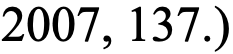
2007, 137.)